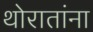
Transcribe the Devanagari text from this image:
थोरातांना